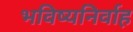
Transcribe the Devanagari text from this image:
भविष्यनिर्वाह